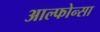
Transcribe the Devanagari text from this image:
आल्फोन्सा